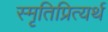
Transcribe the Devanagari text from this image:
स्मृतिप्रित्यर्थ